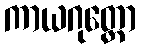
ကာယဂုတ္တော